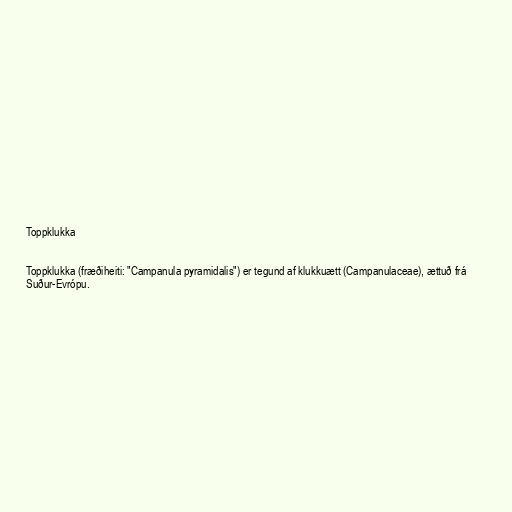
Toppklukka

Toppklukka (fræðiheiti: "Campanula pyramidalis") er tegund af klukkuætt (Campanulaceae), ættuð frá
Suður-Evrópu.